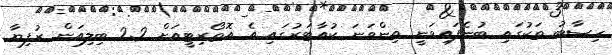
ހިސާބު ތަކުގައި ބުނެފައިވަނީ ތިންވަނަ ކުއާޓަރުގައި އެ އޮތޯރިޓީއަށް 2.2 ބިލިއަން ރުފިޔާ